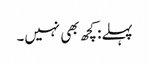
پہلے: کچھ بھی نہیں۔